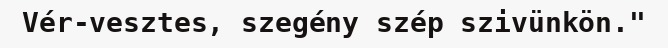
Vér-vesztes, szegény szép szivünkön."